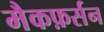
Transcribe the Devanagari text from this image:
मैकफ़र्सन